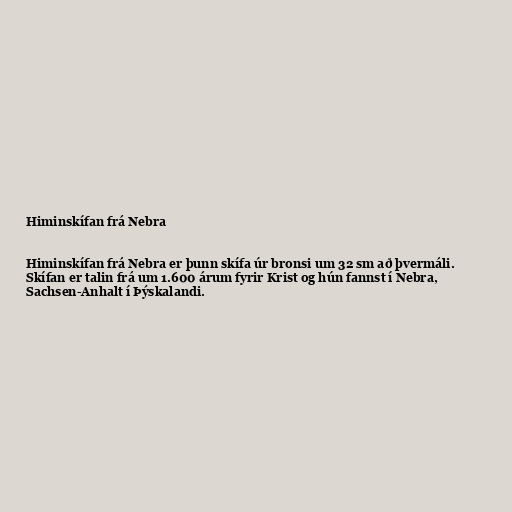
Himinskífan frá Nebra

Himinskífan frá Nebra er þunn skífa úr bronsi um 32 sm að þvermáli.
Skífan er talin frá um 1.600 árum fyrir Krist og hún fannst í Nebra,
Sachsen-Anhalt í Þýskalandi.